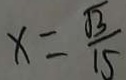
x = \frac { \sqrt { 3 } } { 1 5 }